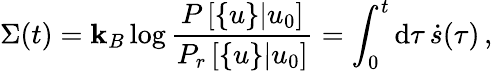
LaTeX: \Sigma(t)=\mathbf{k}_{B}\log\frac{{P\left[\{ u\} |u_{0}\right]}}{{P_{r}\left[\{ u\} |u_{0}\right]}}=\int_{0}^{t}\mathrm{{d}}\tau\, \dot{{s}}(\tau)\, ,